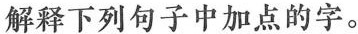
解释下列句子中加点的字。